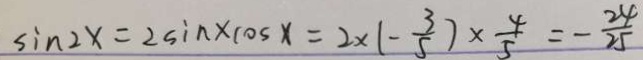
\sin 2 x = 2 \sin x \cos x = 2 \times ( - \frac { 3 } { 5 } ) \times \frac { 4 } { 5 } = - \frac { 2 4 } { 2 5 }